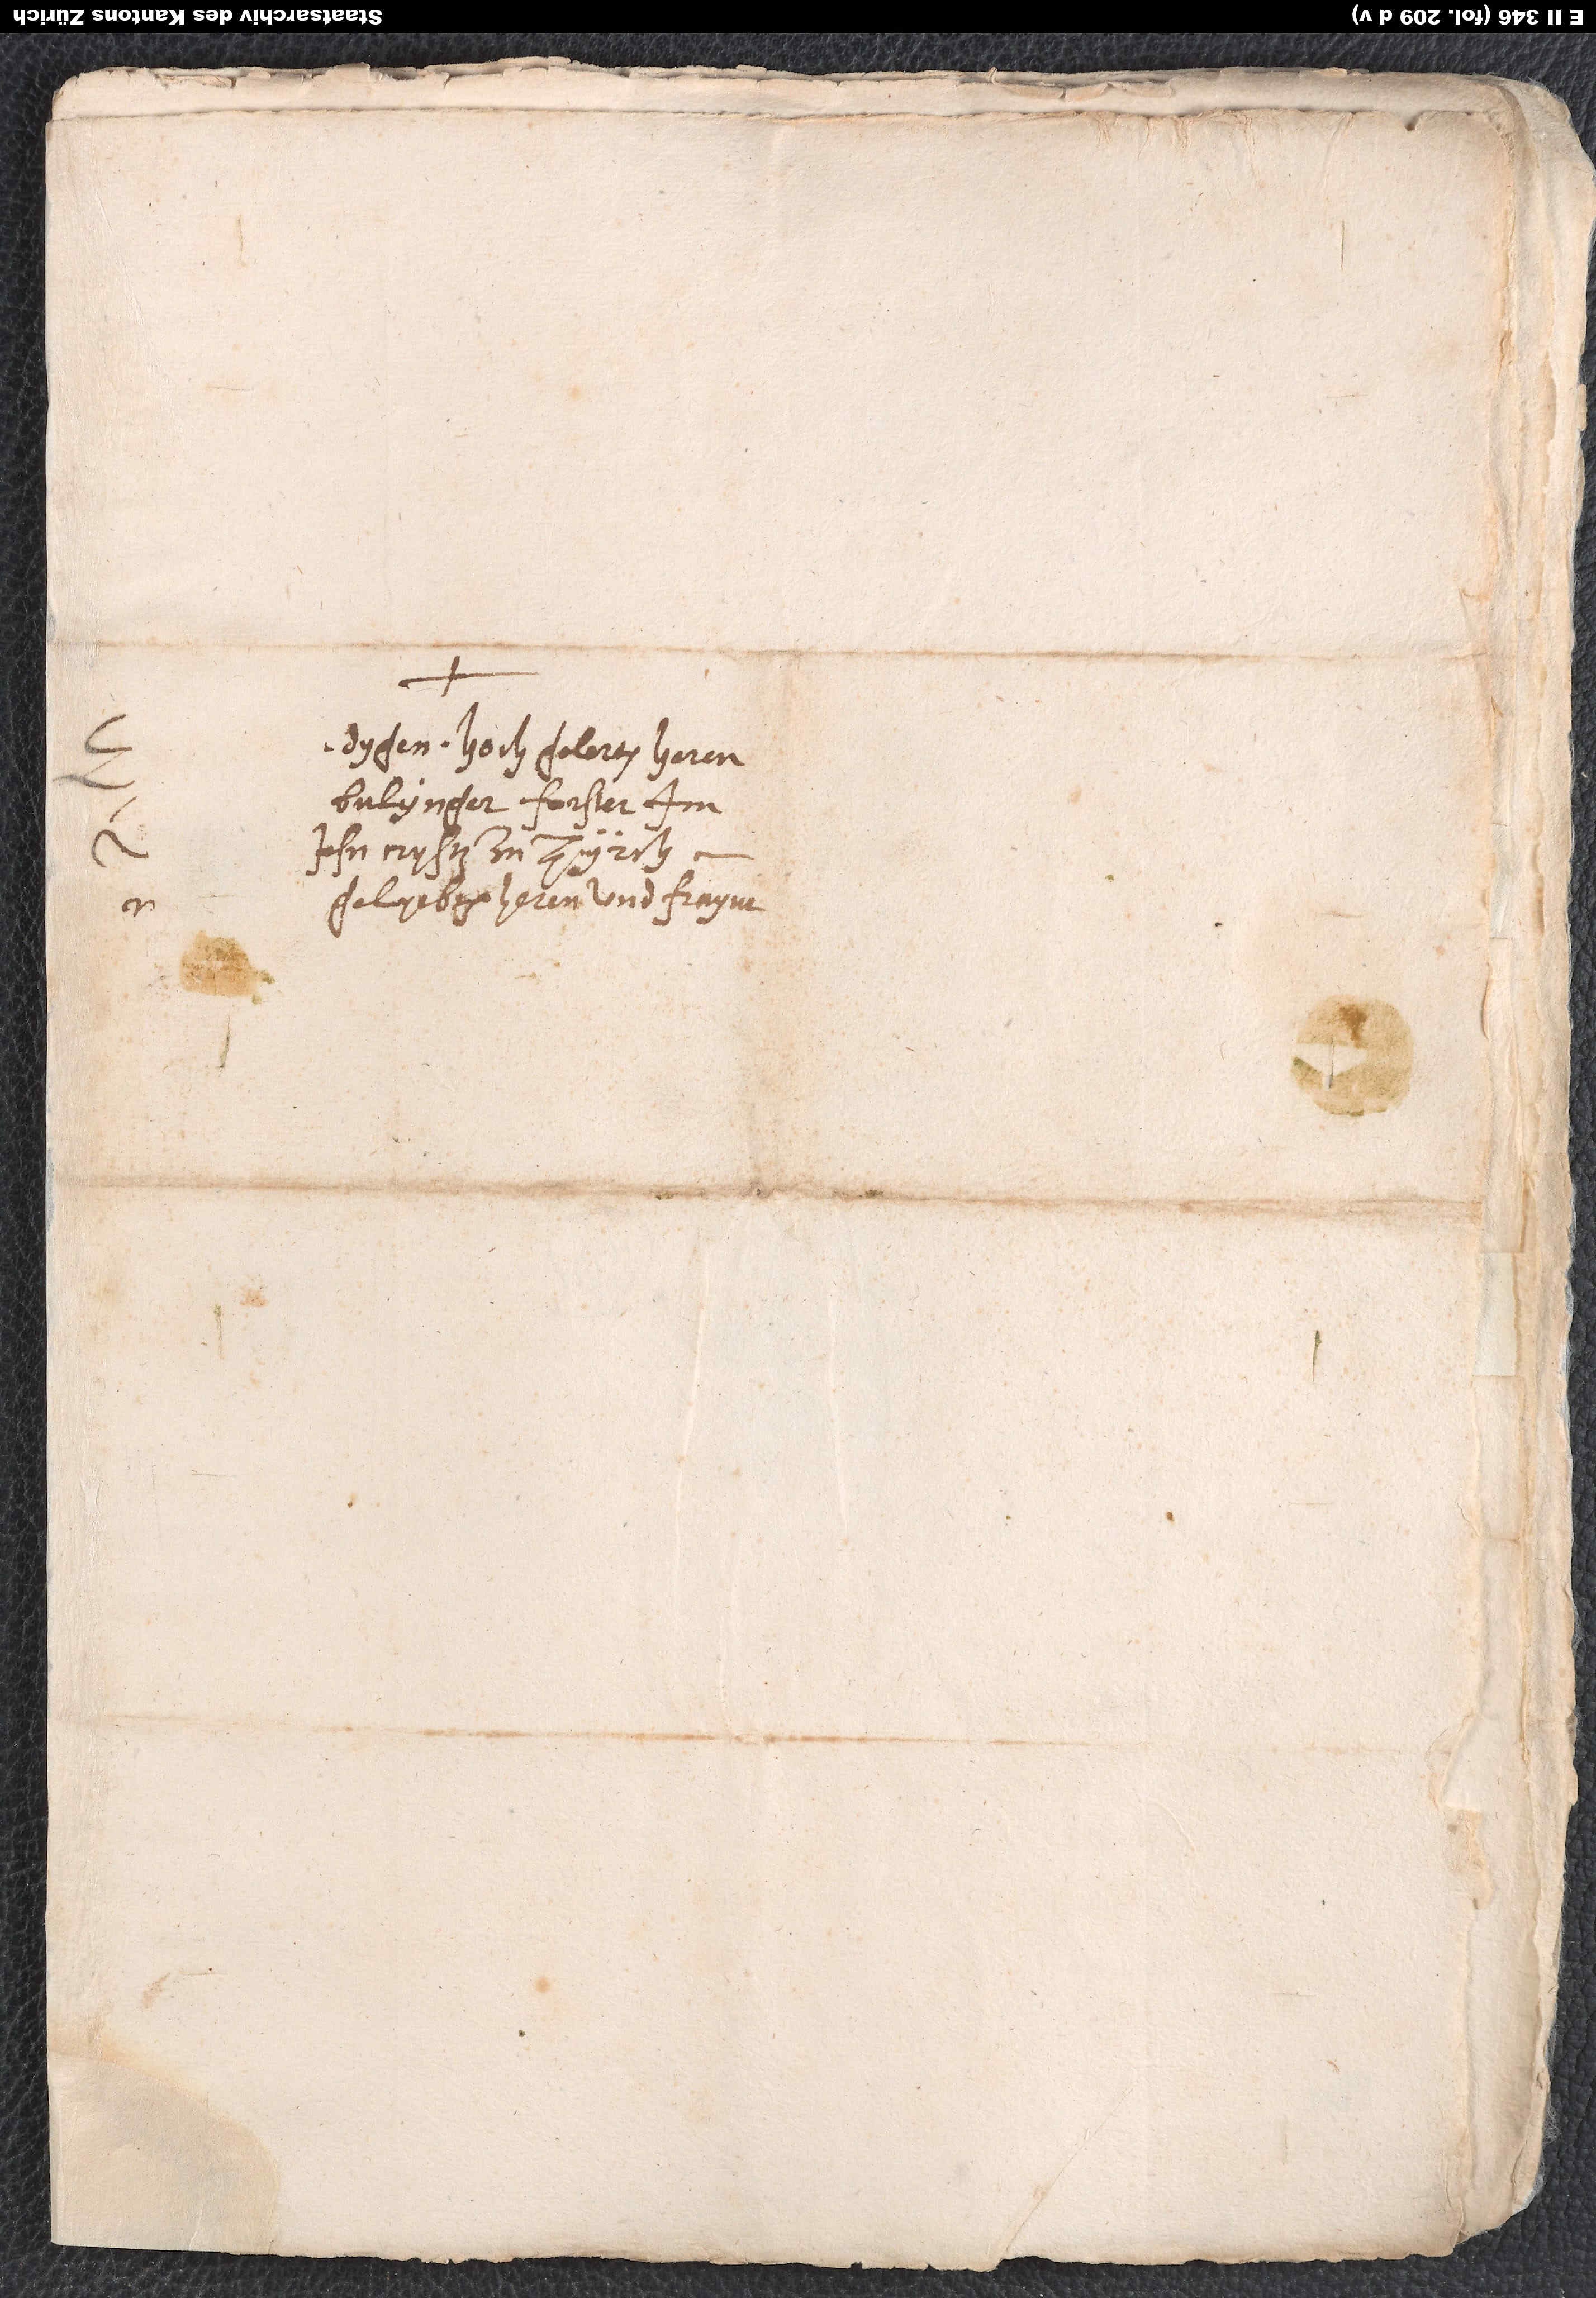
gelyebten heren und fraynt.